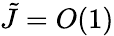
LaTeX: \tilde{J}=O(1)